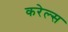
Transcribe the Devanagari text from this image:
करेल्स